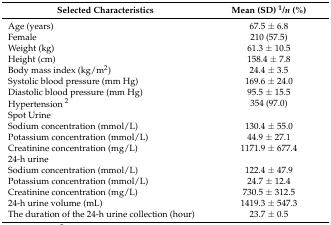
| Selected Characteristics | Mean (SD) 1/n (%) |
 | --- | --- |
 | Age (years) | 67.5 ± 6.8 |
 | Female | 210 (57.5) |
 | Weight (kg) | 61.3 ± 10.5 |
 | Height (cm) | 158.4 ± 7.8 |
 | Body mass index (kg/m2) | 24.4 ± 3.5 |
 | Systolic blood pressure (mm Hg) | 169.6 ± 24.0 |
 | Diastolic blood pressure (mm Hg) | 95.5 ± 15.5 |
 | Hypertension 2 | 354 (97.0) |
 | Spot Urine |  |
 | Sodium concentration (mmol/L) | 130.4 ± 55.0 |
 | Potassium concentration (mmol/L) | 44.9 ± 27.1 |
 | Creatinine concentration (mg/L) | 1171.9 ± 677.4 |
 | 24-h urine |  |
 | Sodium concentration (mmol/L) | 122.4 ± 47.9 |
 | Potassium concentration (mmol/L) | 24.7 ± 12.4 |
 | Creatinine concentration (mg/L) | 730.5 ± 312.5 |
 | 24-h urine volume (mL) | 1419.3 ± 547.3 |
 | The duration of the 24-h urine collection (hour) | 23.7 ± 0.5 |